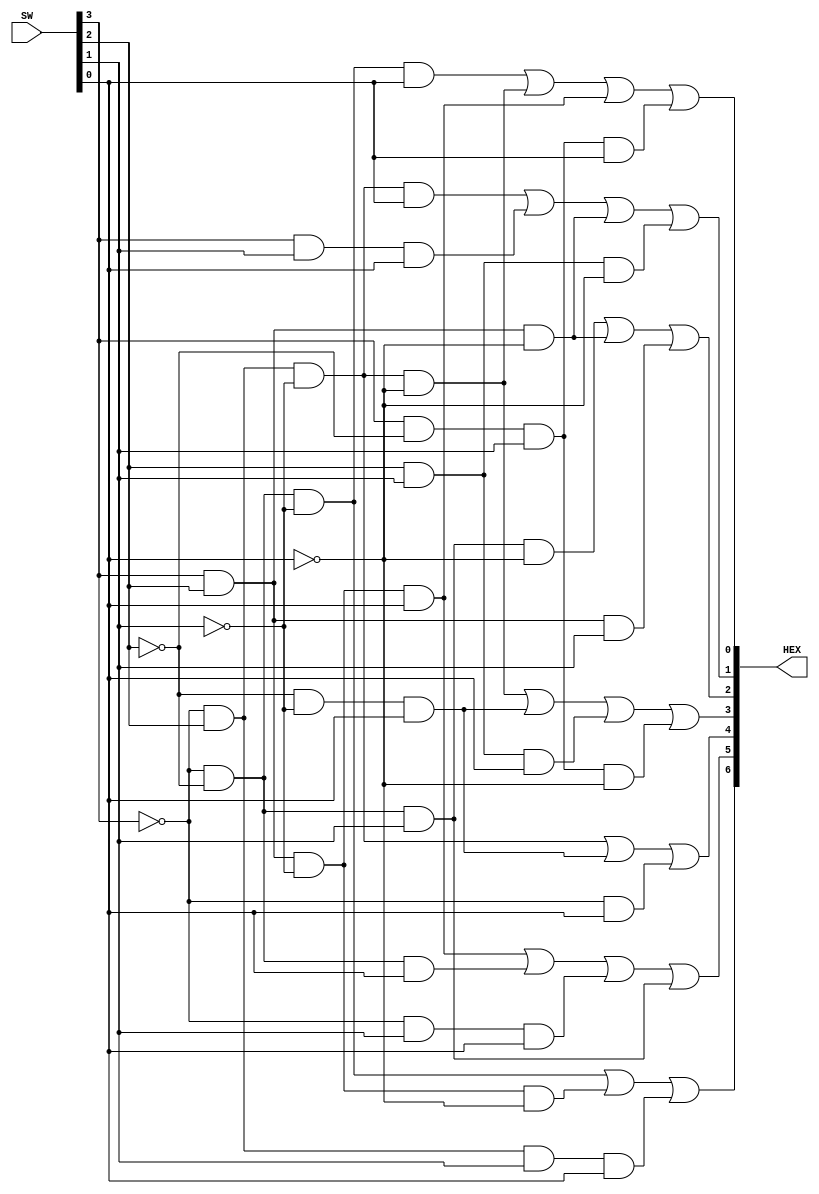
module decoder(SW,HEX);
	input [3:0]SW;
	output [6:0]HEX;
	assign HEX[0]=(~SW[3]&~SW[2]&~SW[1]&SW[0])|
		(~SW[3]&SW[2]&~SW[1]&~SW[0])|
		(SW[3]&SW[2]&~SW[1]&SW[0])|
		(SW[3]&~SW[2]&SW[1]&SW[0]);
	assign HEX[1]=(~SW[3]&SW[2]&~SW[1]&SW[0])|
		(SW[3]&SW[1]&SW[0])|
		(SW[3]&SW[2]&~SW[0])|
		(SW[2]&SW[1]&~SW[0]);
	assign HEX[2]=(~SW[3]&~SW[2]&SW[1]&~SW[0])|
		(SW[3]&SW[2]&~SW[0])|
		(SW[3]&SW[2]&SW[1]);
	assign HEX[3]=(~SW[3]&SW[2]&~SW[1]&~SW[0])|
		(~SW[2]&~SW[1]&SW[0])|
		(SW[2]&SW[1]&SW[0])|
		(SW[3]&~SW[2]&SW[1]&~SW[0]);
	assign HEX[4]=(~SW[3]&SW[2]&~SW[1])|
		(~SW[2]&~SW[1]&SW[0])|
		(~SW[3]&SW[0]);
	assign HEX[5]=(SW[3]&SW[2]&~SW[1]&SW[0])|
		(~SW[3]&~SW[2]&SW[0])|
		(~SW[3]&SW[1]&SW[0])|
		(~SW[3]&~SW[2]&SW[1]);
	assign HEX[6]=(~SW[3]& ~SW[2]& ~SW[1])|
		(SW[3]&SW[2]&~SW[1]&~SW[0])|
		(~SW[3]&SW[2]&SW[1]&SW[0]);
endmodule

module fullAdder(A, B, cin, S, cout);
	input A, B, cin;
	output S, cout;
	assign cout = ((A ^ B) &cin) | (A & B);
	assign S = A ^ B ^ cin;
endmodule

module fourBitAdder(SW, LEDR);
	input [7:0] SW;
	output [4:0] LEDR;
	wire FA1to2, FA2to3, FA3to4;
	fullAdder FA1(SW[7], SW[3], 1'b0, LEDR[3], FA1to2);
	fullAdder FA2(SW[6], SW[2], FA1to2, LEDR[2], FA2to3);
	fullAdder FA3(SW[5], SW[1], FA2to3, LEDR[1], FA3to4);
	fullAdder FA4(SW[4], SW[0], FA3to4, LEDR[0], LEDR[4]);
endmodule 

module ALU(SW, KEY, LEDR, HEX0, HEX1, HEX2, HEX3, HEX4, HEX5);
	input [7:0] SW;
	input [2:0] KEY;
	output [7:0] LEDR;
	output [6:0] HEX0, HEX1, HEX2, HEX3, HEX4, HEX5;
	wire f0sum, f0out, f1sum, f1out, f2sum, f2out, f3sum, f3out;
	wire [4:0] fbaOut;
	reg [7:0] ALUout;
	decoder d0(.SW(SW[3:0]), .HEX(HEX0[6:0]));
	decoder d1(.SW(4'b0000), .HEX(HEX1[6:0]));
	decoder d2(.SW(SW[7:4]), .HEX(HEX2[6:0]));
	decoder d3(.SW(4'b0000), .HEX(HEX3[6:0]));
	fullAdder f0(SW[4], 1'b1, 1'b0, f0sum, f0out);
	fullAdder f1(SW[5], 1'b0, f0out, f1sum, f1out);
	fullAdder f2(SW[6], 1'b0, f1out, f2sum, f2out);
	fullAdder f3(SW[7], 1'b0, f2out, f3sum, f3out);
	fourBitAdder fba(.SW(SW), .LEDR(fbaOut[4:0]));
	always @(*)
	begin
		case (KEY[2:0])
			3'b111: ALUout = {3'b000, f3out, f3sum, f2sum, f1sum};
			3'b110: ALUout = {3'b000, fbaOut[4], fbaOut[3:0]};
			3'b101: ALUout = {4'b0000, SW[7:4] + SW[3:0]};
			3'b100: ALUout = {SW[7:4]|SW[3:0], SW[7:4] ^ SW[3:0]};
			3'b011: ALUout = {7'b0000000, SW[0]|SW[1]|SW[2]|SW[3]|SW[4]|SW[5]|SW[6]|SW[7]};
			3'b010: ALUout = {SW[7:4], SW[3:0]};
			default: ALUout = 8'b00000000;
		endcase
	end
	assign LEDR = ALUout;
	decoder d4(.SW(ALUout[3:0]), .HEX(HEX4[6:0]));
	decoder d5(.SW(ALUout[7:4]), .HEX(HEX5[6:0]));
endmodule